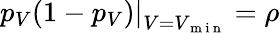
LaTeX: \left.p_{V}(1-p_{V})\right|_{V=V_{\mathrm{~m~i~n~}}}=\rho